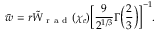
\bar { w } = r \tilde { W } _ { \mathrm { ~ r ~ a ~ d ~ } } ( \chi _ { e } ) \biggl [ \frac { 9 } { 2 ^ { 1 / 3 } } \Gamma \biggl ( \frac { 2 } { 3 } \biggr ) \biggr ] ^ { - 1 } .